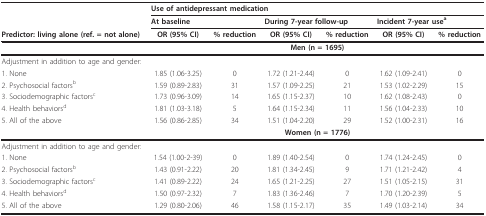
<table><thead><tr><td></td><td colspan="6"><b>Use of antidepressant medication</b></td></tr><tr><td></td><td colspan="2"><b>At baseline</b></td><td colspan="2"><b>During 7-year follow-up</b></td><td colspan="2"><b>Incident 7-year use<sup>a</sup></b></td></tr><tr><td><b>Predictor: living alone (ref. = not alone)</b></td><td><b>OR (95% CI)</b></td><td><b>% reduction</b></td><td><b>OR (95% CI)</b></td><td><b>% reduction</b></td><td><b>OR (95% CI)</b></td><td><b>% reduction</b></td></tr></thead><tbody><tr><td></td><td colspan="6"><b>Men (n = 1695)</b></td></tr><tr><td colspan="7">Adjustment in addition to age and gender:</td></tr><tr><td>1. None</td><td>1.85 (1.06-3.25)</td><td>0</td><td>1.72 (1.21-2.44)</td><td>0</td><td>1.62 (1.09-2.41)</td><td>0</td></tr><tr><td>2. Psychosocial factors<sup>b</sup></td><td>1.59 (0.89-2.83)</td><td>31</td><td>1.57 (1.09-2.25)</td><td>21</td><td>1.53 (1.02-2.29)</td><td>15</td></tr><tr><td>3. Sociodemographic factors<sup>c</sup></td><td>1.73 (0.96-3.09)</td><td>14</td><td>1.65 (1.15-2.37)</td><td>10</td><td>1.62 (1.08-2.43)</td><td>0</td></tr><tr><td>4. Health behaviors<sup>d</sup></td><td>1.81 (1.03-3.18)</td><td>5</td><td>1.64 (1.15-2.34)</td><td>11</td><td>1.56 (1.04-2.33)</td><td>10</td></tr><tr><td>5. All of the above</td><td>1.56 (0.86-2.85)</td><td>34</td><td>1.51 (1.04-2.20)</td><td>29</td><td>1.52 (1.00-2.31)</td><td>16</td></tr><tr><td></td><td colspan="6"><b>Women (n = 1776)</b></td></tr><tr><td colspan="7">Adjustment in addition to age and gender:</td></tr><tr><td>1. None</td><td>1.54 (1.00-2-39)</td><td>0</td><td>1.89 (1.40-2.54)</td><td>0</td><td>1.74 (1.24-2.45)</td><td>0</td></tr><tr><td>2. Psychosocial factors<sup>b</sup></td><td>1.43 (0.91-2.22)</td><td>20</td><td>1.81 (1.34-2.45)</td><td>9</td><td>1.71 (1.21-2.42)</td><td>4</td></tr><tr><td>3. Sociodemographic factors<sup>c</sup></td><td>1.41 (0.89-2.22)</td><td>24</td><td>1.65 (1.21-2.25)</td><td>27</td><td>1.51 (1.05-2.15)</td><td>31</td></tr><tr><td>4. Health behaviors<sup>d</sup></td><td>1.50 (0.97-2.32)</td><td>7</td><td>1.83 (1.36-2.46)</td><td>7</td><td>1.70 (1.20-2.39)</td><td>5</td></tr><tr><td>5. All of the above</td><td>1.29 (0.80-2.06)</td><td>46</td><td>1.58 (1.15-2.17)</td><td>35</td><td>1.49 (1.03-2.14)</td><td>34</td></tr></tbody></table>